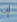
إن